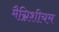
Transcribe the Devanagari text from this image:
मैग्निशीयम